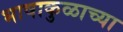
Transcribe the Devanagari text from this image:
भाषाकुळाच्या